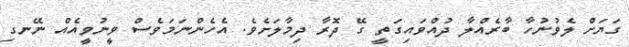
ގަޔަށް ލެވުނުހާ ބާރެއްލާ ދުއްވައިގަތީ ގޭ ދޮރާ ދިމާލަށެވެ. އެހެންނަމަވެސް ވީނުވީއެއް ނޭނގި